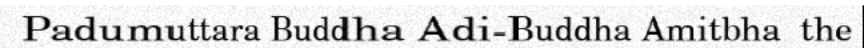
Padumuttara Buddha Adi-Buddha Amitbha  the